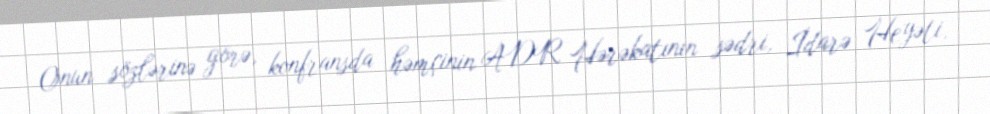
Onun sözlərinə görə, konfransda həmçinin ADR Hərəkatının sədri, İdarə Heyəti,